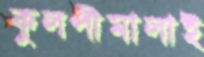
কুলপীমালাই